Medical and sanitary report on the native army of Bombay for the year
Year: 1879
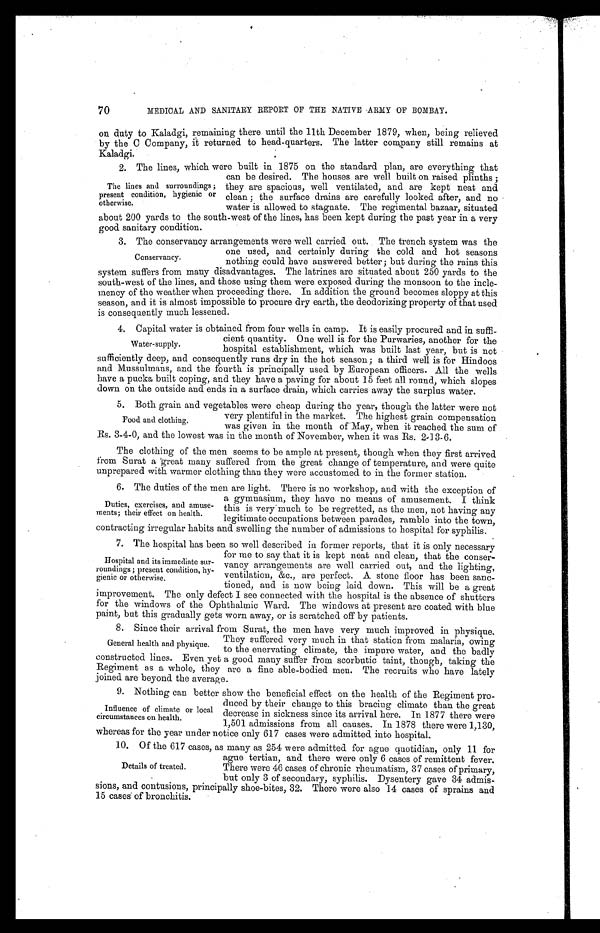
70 MEDICAL AND SANITARY REPORT OF THE NATIVE ARMY OF BOMBAY.
on duty to Kaladgi, remaining there until the 11th December 1879, when, being relieved
by the C Company, it returned to head-quarters. The latter company still remains at
Kaladgi.
2. The lines, which were built in 1875 on the standard plan, are everything that
can be desired. The houses are well built on raised plinths;
The lines and surroundings; they are spacious, well ventilated, and are kept neat and
present condition, hygienic or clean; the surface drains are carefully looked after, and no
otherwise water is allowed to stagnate. The regimental bazaar, situated
about 200 yards to the south-west of the lines, has been kept during the past year in a very
good sanitary condition.
3. The conservancy arrangements were well carried out. The trench system was the
one used, and certainly during the cold and hot seasons
Conservancy. nothing could have answered better; but during the rains this
system suffers from many disadvantages. The latrines are situated about 250 yards to the
south-west of the lines, and those using them were exposed during the monsoon to the incle
- m e n c y o f t h e w e a t h e r w h e n p r o c e e d i n g t h e r e . I n a d d i t i o n t h e g r o u n d b e c o m e s s l o p p y a t t h i s
season, and it is almost impossible to procure dry earth, the deodorizing property of that used
is consequently much lessened.
4. Capital water is obtained from four wells in camp. It is easily procured and in suffi-
cient quantity. One well is for the Purwaries, another for the
Water-supply.
hospital establishment, which was built last year, but is not
sufficiently deep, and consequently runs dry in the hot season; a third well is for Hindoos
and Mussulmans, and the fourth is principally used by European officers. All the wells
have a pucka built coping, and they have a paving for about 15 feet all round, which slopes
down on t he out s i de a nd e nds i n a s ur f a c e dr a i n, whi c h c a r r i e s a wa y t he s ur pl us wa t e r .
5. Both grain and vegetables were cheap during the year, though the latter were not
very plentiful in the market. The highest grain compensation
Food and clothing.
was given in the month of May, when it reached the sum of
Rs. 3-4-0, and the lowest was in the month of November, when it was Rs. 2-13-6.
The clothing of the men seems to be ample at present, though when they first arrived
from Surat a 'great many suffered from the great change of temperature, and were quite
unprepared with warmer clothing than they were accustomed to in the former station.
6. The duties of the men are light. There is no workshop, and with the exception of
a gymnasium, they have no means of amusement. I think
Duties, exercises, and amuse- this is very much to be regretted, as the men, not having any
ments; their effect on health. legitimate occupations between parades, ramble into the town,
contracting irregular habits and swelling the number of admissions to hospital for syphilis.
7. The hospital has been so well described in former reports, that it is only necessary
for me to say that it is kept neat and clean, that the conser-
Hospital and its immediate sur-
or otherwise.
vancy arrangements are well carried out, and the lighting,
gienic
roundings ; present c
ondition, hy- ventilation, &c., are perfect. A stone floor has been sanc-
tioned, and is now being laid down. This will be a great
improvement. The only defect I see connected with the hospital is the absence of shutters
for the windows of the Ophthalmic Ward. The windows at present are coated with blue
paint, but this gradually gets worn away, or is scratched off by patients.
8. Since their arrival from Surat, the men have very much improved in physique.
They suffered very much in that station from malaria, owing
General health and physique. to the enervating climate, the impure water, and the badly
constructed lines. Even yet a good many suffer from scorbutic taint, though, taking the
Regiment as a whole, they are a fine able-bodied men. The recruits who have lately
j o i n e d a r e b e y o n d t h e a v e r a g e .
9. Nothing can better show the beneficial effect on the health of the Regiment pro
- d u c e d b y t h e i r c h a n g e t o t h i s b r a c i n g c l i m a t e t h a n t h e g r e a t
Influence of climate or local decrease in sickness since its arrival here. In 1877 there were
circumstances on health.
1,501 admissions from all causes. In 1878 there were 1,130,
whereas for the year under notice only 617 cases were admitted into hospital.
10.Of the 617 cases, as many as 254 were admitted for ague quotidian, only 11 for
ague tertian, and there were only 6 cases of remittent fever.
Details of treated.There were 46 cases of chronic rheumatism, 37 cases of primary,
but only 3 of secondary, syphilis. Dysentery gave 34 admis
- s i o n s , a n d c o n t u s i o n s , p r i n c i p a l l y s h o e - b i t e s , 3 2 . T h e r e w e r e a l s o 1 4 c a s e s o f s p r a i n s a n d
15 cases of bronchitis.